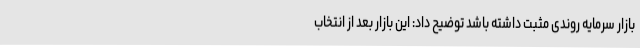
بازار سرمایه روندی مثبت داشته باشد توضیح داد: این بازار بعد از انتخاب